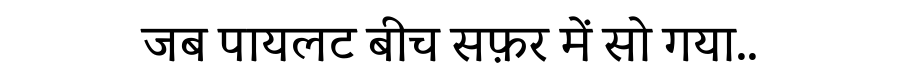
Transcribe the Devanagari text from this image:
जब पायलट बीच सफ़र में सो गया..